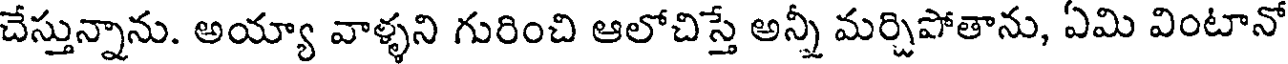
చేస్తున్నాను. అయ్యా వాళ్ళని గురించి ఆలోచిస్తే అన్నీ మర్చిపోతాను, ఏమి వింటానో